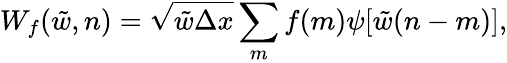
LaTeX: W_{f}(\tilde{w},n)=\sqrt{\tilde{w}\Delta x}\sum_{m}f(m)\psi[\tilde{w}(n-m)],